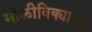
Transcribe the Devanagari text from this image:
मोळीविक्याला